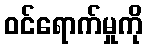
ဝင်ရောက်မှုကို